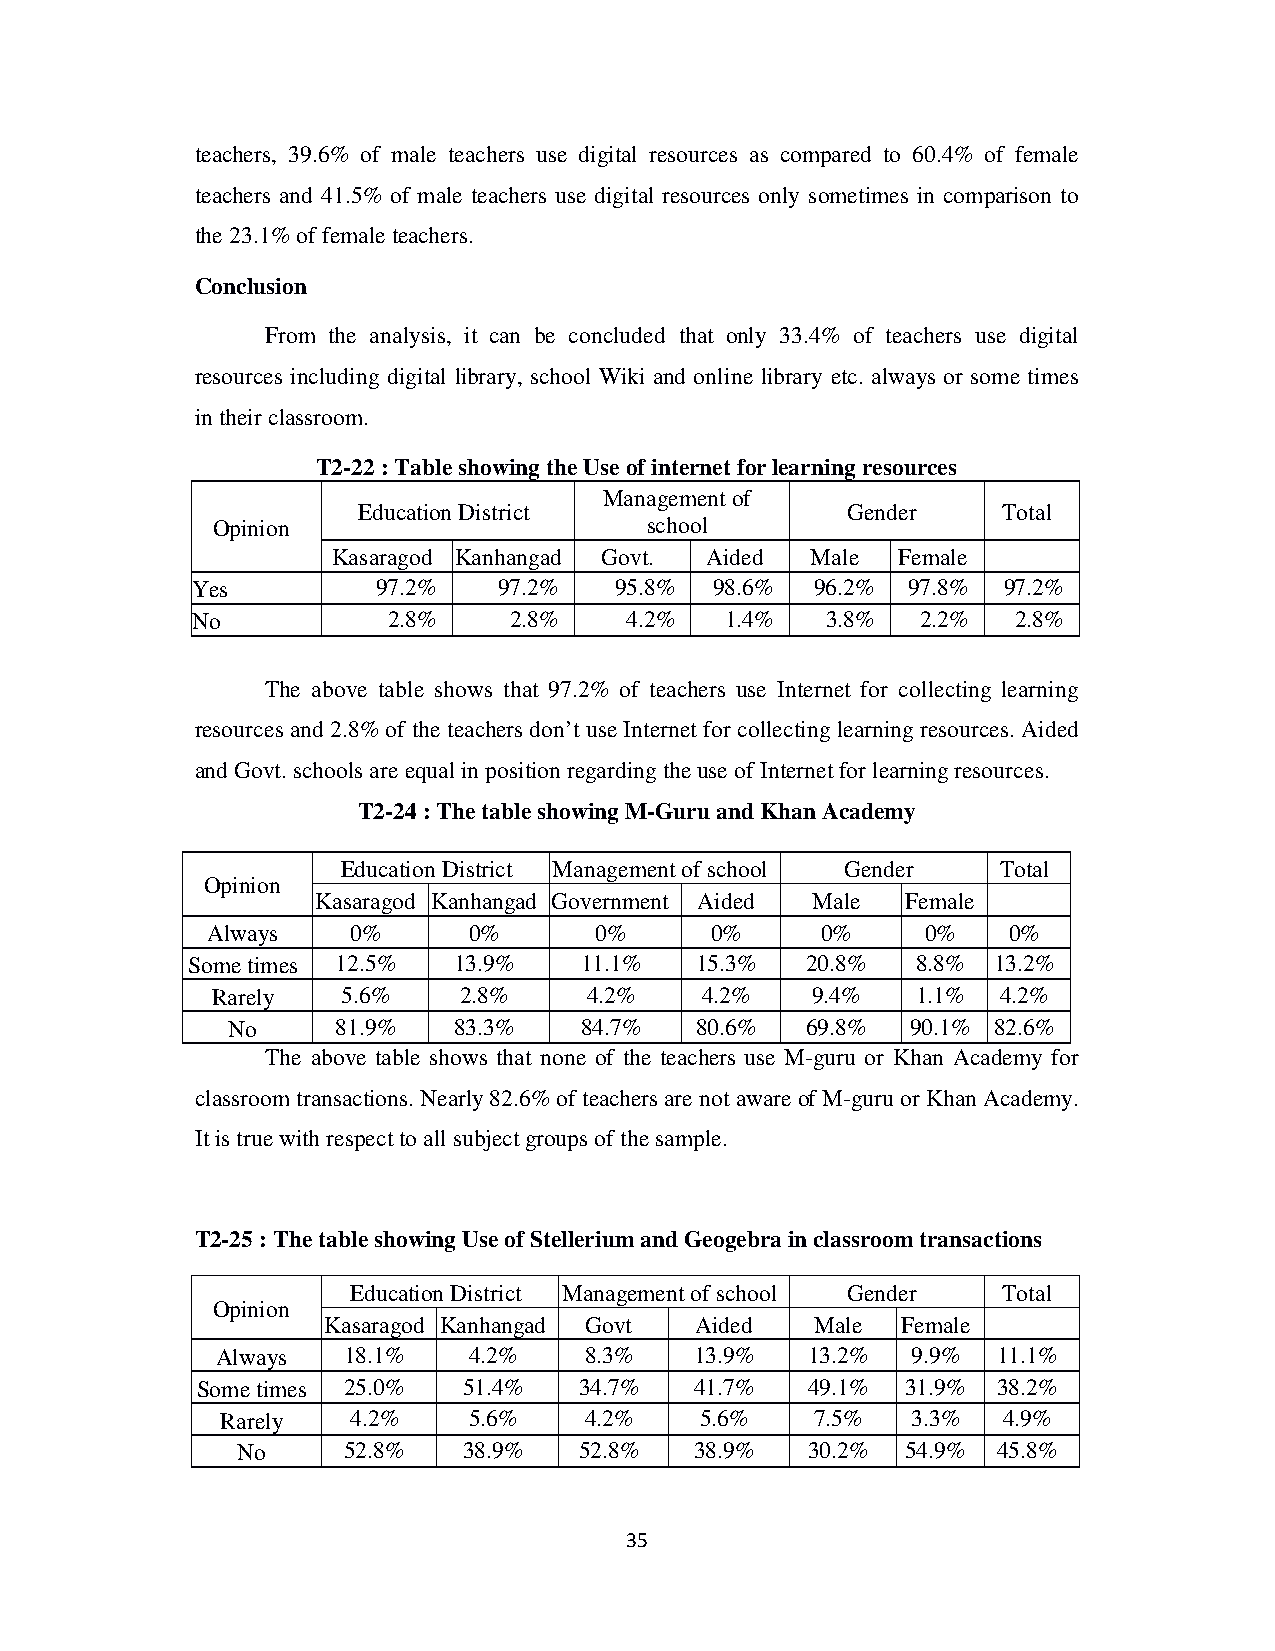
teachers, 39.6% of male teachers use digital resources as compared to 60.4% of female
 teachers and 41.5% of male teachers use digital resources only sometimes in comparison to
 the 23.1% of female teachers.
 Conclusion
 From the analysis, it can be concluded that only 33.4% of teachers use digital
 resources including digital library, school Wiki and online library etc. always or some times
 in their classroom.
 T2-22 : Table showing the Use of internet for learning resources
 Management of
 Education District              Gender    Total
 Opinion                      school
 Kasaragod Kanhangad Govt. Aided Male Female
 Yes         97.2%   97.2%   95.8% 98.6%  96.2% 97.8% 97.2%
 No           2.8%    2.8%   4.2%   1.4%   3.8%  2.2%  2.8%
 The above table shows that 97.2% of teachers use Internet for collecting learning
 resources and 2.8% of the teachers don’t use Internet for collecting learning resources. Aided
 and Govt. schools are equal in position regarding the use of Internet for learning resources.
 T2-24 : The table showing M-Guru and Khan Academy
 Education District Management of school Gender Total
 Opinion
 Kasaragod Kanhangad Government Aided Male Female
 Always   0%      0%      0%      0%     0%     0%    0%
 Some times 12.5%  13.9%   11.1%   15.3%  20.8%   8.8% 13.2%
 Rarely   5.6%   2.8%     4.2%   4.2%    9.4%   1.1% 4.2%
 No     81.9%   83.3%   84.7%   80.6%  69.8%  90.1% 82.6%
 The above table shows that none of the teachers use M-guru or Khan Academy for
 classroom transactions. Nearly 82.6% of teachers are not aware of M-guru or Khan Academy.
 It is true with respect to all subject groups of the sample.
 T2-25 : The table showing Use of Stellerium and Geogebra in classroom transactions
 Education District Management of school Gender Total
 Opinion
 Kasaragod Kanhangad Govt Aided   Male  Female
 Always   18.1%   4.2%    8.3%   13.9%  13.2%  9.9%  11.1%
 Some times 25.0%  51.4%  34.7%   41.7%  49.1%  31.9% 38.2%
 Rarely  4.2%    5.6%    4.2%   5.6%    7.5%  3.3%  4.9%
 No     52.8%   38.9%  52.8%   38.9%  30.2%  54.9% 45.8%
 35